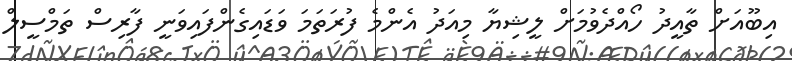
އިބޫއަށް ތާއީދު ހޯއްދެވުމަށް ލީޝިޔާ މިއަދު އެންމެ ފުރަތަމަ ވަޑައިގެންފައިވަނީ ފާރިސް ތަމްސީލް